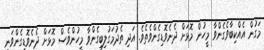
މަގުން އެއްކިބާވެގެންވާ މީހުން މޮޅަށް ދެނެވޮޑިގެންވެތެވެ. އަދި ތެދުމަގުލިބިގެންވާ މީހުންވެސް މޮޅަށް ދެނެވޮޑިގެންވަނީ